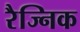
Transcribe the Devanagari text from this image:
रैज्निक